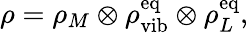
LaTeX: \rho=\rho_{M}\otimes\rho_{\textrm{vib}}^{\textrm{eq}}\otimes\rho_{L}^{\textrm{eq}},